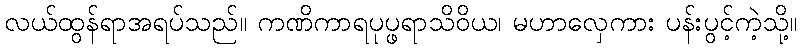
လယ်ထွန်ရာအရပ်သည်။ ကဏိကာရပုပ္ဖရာသိဝိယ၊ မဟာလှေကား ပန်းပွင့်ကဲ့သို့။